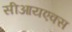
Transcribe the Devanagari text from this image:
सीआयएक्स